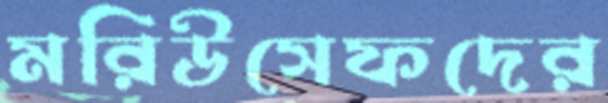
মরিউসেফদের